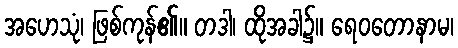
အဟေသုံ၊ ဖြစ်ကုန်၏။ တဒါ၊ ထိုအခါ၌။ ရေဝတောနာမ၊